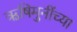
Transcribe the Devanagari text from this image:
ऋषिमुनींच्या